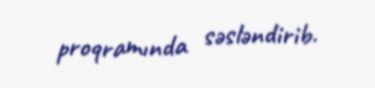
proqramında səsləndirib.